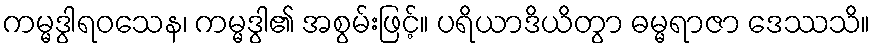
ကမ္မဒွါရဝသေန၊ ကမ္မဒွါ၏ အစွမ်းဖြင့်။ ပရိယာဒိယိတွာ ဓမ္မရာဇာ ဒေဿသိ။